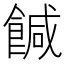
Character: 𩝈